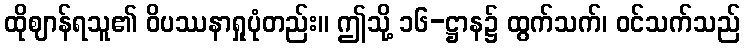
ထိုဈာန်ရသူ၏ ဝိပဿနာရှုပုံတည်း။ ဤသို့ ၁၆-ဋ္ဌာန၌ ထွက်သက်၊ ဝင်သက်သည်